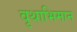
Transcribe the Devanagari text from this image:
वृथाभिमान